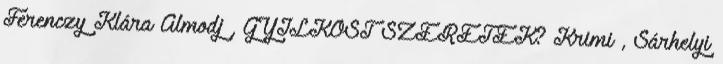
Ferenczy Klára Álmodj , GYILKOST SZERETEK? Krimi , Sárhelyi